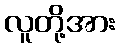
လူတို့အား